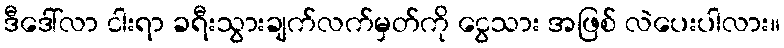
ဒီဒေါ်လာ ငါးရာ ခရီးသွားချက်လက်မှတ်ကို ငွေသား အဖြစ် လဲပေးပါလား။